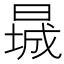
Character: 𬁃